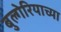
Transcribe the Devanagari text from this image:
बुल्गेरियाच्या